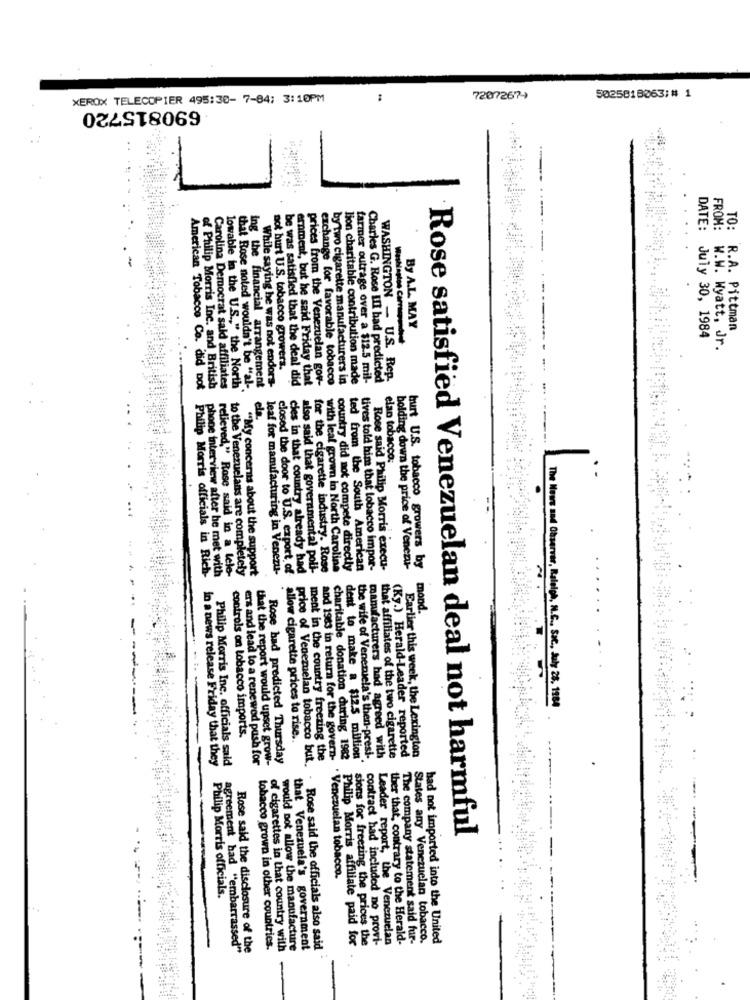
XEROX TELECOPIER 495:30- 7-84: 3:10PM
7207267-)
5025818063;# 1
690815720
DATE:
FROM:
TO:
By A.L. MAY
R.A. Pittman
July 30, 1984
w.w. Wyatt, Jr.
not hurt U.S. tobacco growers.
ing the financial arrangement
While saying he was not endors
prices from the Venezuelan gov-
exchange for favorable tobacco
by two cigarette manufacturers in
lion charitable contribution made
farmer outrage over a $12.5 mil-
Charles G. Rose III had predicted
WASHINGTON - U.S. Rep.
American Tobacco Co. did Dot
of Philip Morris Inc. and British
Carolina Democrat sald affiliates
lowable in the U.S .. " the North'
that Rose noted wouldn't be "al -.
be was satisfied that the deal did
ernment, but he said Friday that
ela.
elan tobacco:
...
Philip Morris officials in Rich
phone interview after he met with
to the Venezuelans are completely
leaf for manufacturing in Venezu-
cies in that country already had
also said that governmental poli-
country did not compete directly
ted from the South American
tives told him that tobacco impor-
Rose said Philip Morris execu-
holding down the price of Venezu-
buurt U.S. tobacco growers by
ved." Rose said in a tele-
"My concerns about the support
closed the door to U.S. export of
for the cigarette industry. Rose
with leal grown in North Carolina
mond.
The News and Observer, Raleigh, N.C ., Sac, July 28, 1984
controls on tobacco imports.
allow cigarette prices to rise ..
Philip Morris Inc. officials said
ers and lead to a renewed push for
that the report would upset grow-
Rose had predicted Thursday
price of Venezuelan tobacco but.
ment in the country freezing the
and 1963 in return for the govern-
charitable donation during 1982
dent to make a $12.5 million
the wife of Venensela's then-presi-
manufacturers had agreed with
that affiliates of the two cigarette
(Ky.) Herald-Leader reported
Earlier this week, the Lexington
in a news release Friday that they
Rose satisfied Venezuelan deal not harmful
Venezuelan tobacco.
Philip Morris officials.
Philip Morris affiliate paid for
sions for freezing the prices the
contract had included no provi-
Leader report, the Venezuelan
ther that, contrary to the Herald-
The company statement said fur-
States any Venezuelan tobacco.
had not imported into the United
agreement had "embarrassed"
Rose said the disclosure of the
tobacco grown in other countries.
of cigarettes in that country with
would not allow the manufacture
that Venezuela's government
. Rose said the officials also said
-ww
-